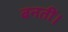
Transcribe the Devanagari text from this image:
बनतीं।